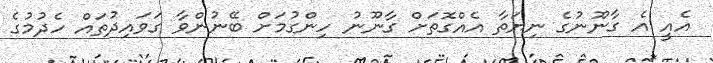
އެއީ އެ ގާނޫނުގެ ނިޔަތާ އެއްގޮތަށް ގާނޫނު ހިންގުމަށް ބޭނުންވާ ގަވައިދުތައް ހެދުމުގެ